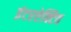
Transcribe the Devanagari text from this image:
इंटरऐक्टिव